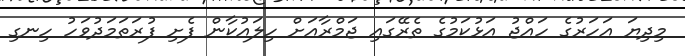
މިދިޔަ އަހަރުގެ ހައްޖު އަޅުކަމުގެ ތެރޭގައި ޖަމްރާއަށް ހިލައުކާން ފެށި ފުރަތަމަދުވަހު ހިނގި